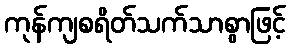
ကုန်ကျစရိတ်သက်သာစွာဖြင့်